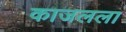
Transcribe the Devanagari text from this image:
काजलला